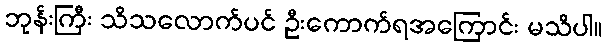
ဘုန်းကြီး သိသလောက်ပင် ဦးကောက်ရအကြောင်း မသိပါ။